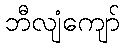
ဘီလျံကျော်